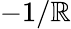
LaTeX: -1/\mathbb{R}